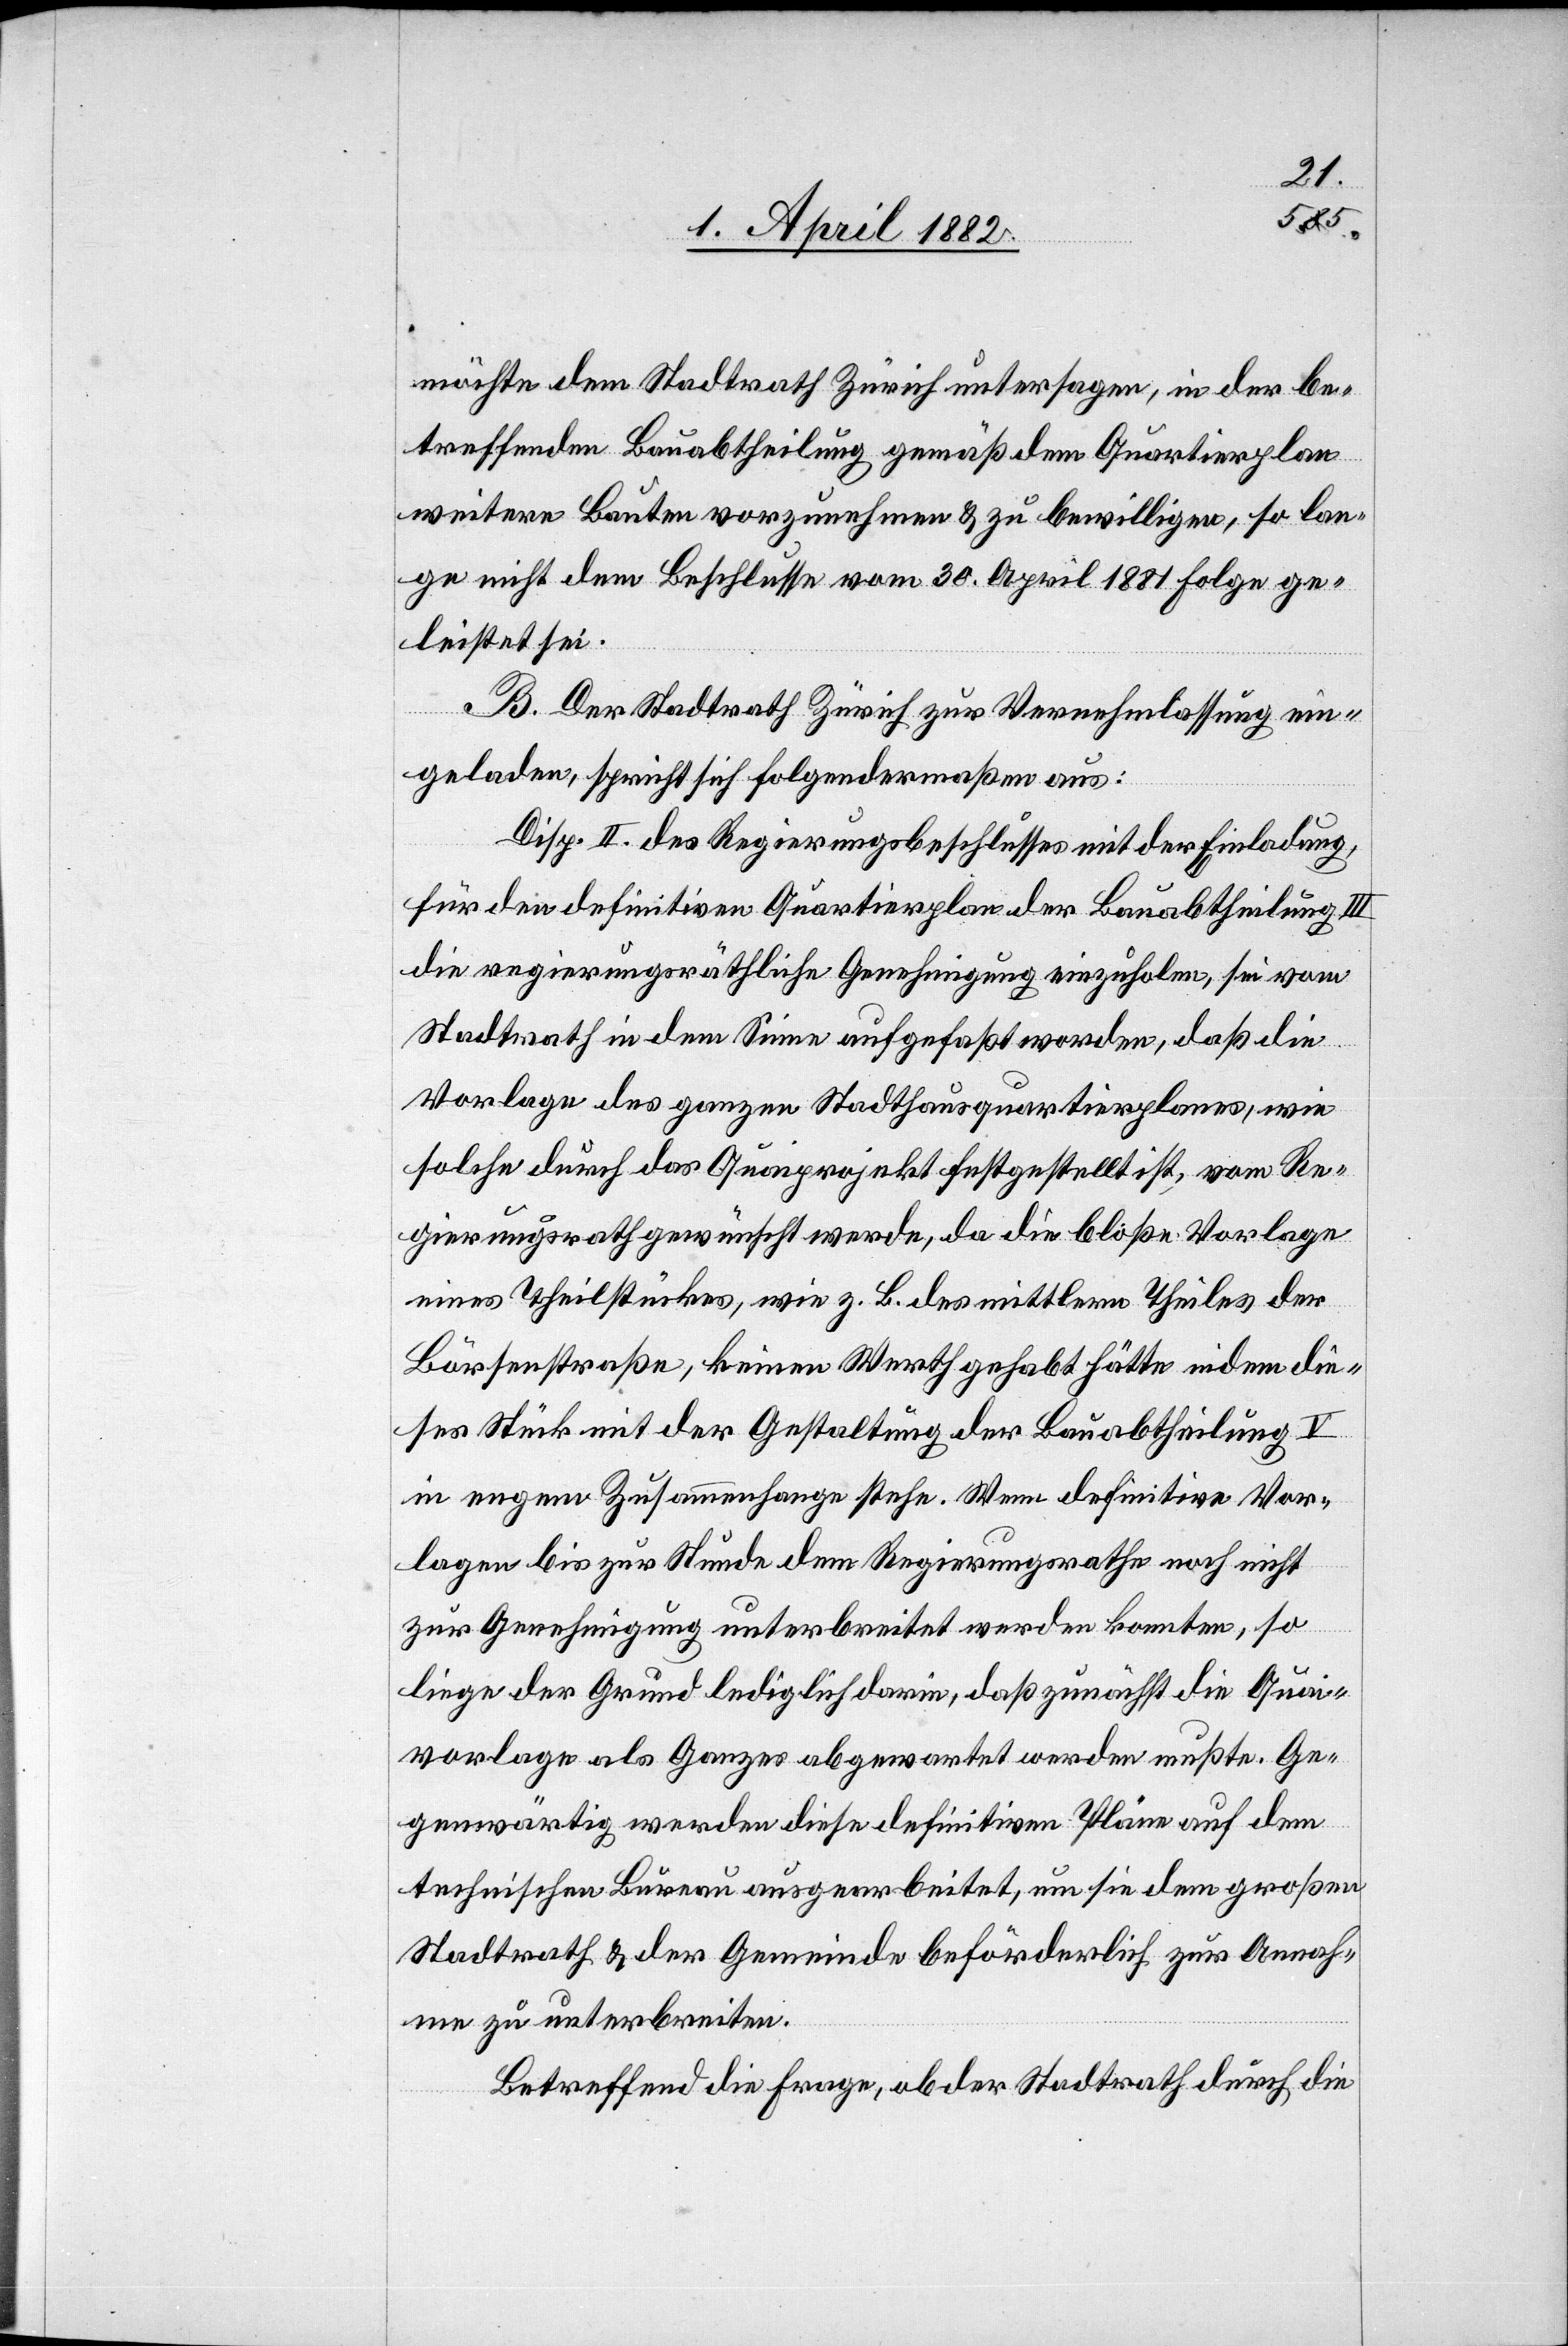
möchte dem Stadtrath Zürich untersagen, in der be¬
treffenden Bauabtheilung gemäß dem Quartierplan
weitere Bauten vorzunehmen & zu bewilligen, so lan¬
ge nicht dem Beschlusse vom 30. April 1881 Folge ge¬
leistet sei.
B. Der Stadtrath Zürich zur Vernehmlassung ein¬
geladen, spricht sich folgendermaßen aus:
Disp. II. des Regierungsbeschlusses mit der Einladung,
für den definitiven Quartierplan der Bauabtheilung III
die regierungsräthliche Genehmigung einzuholen, sei vom
Stadtrath in dem Sinne aufgefaßt worden, daß die
Vorlage des ganzen Stadthausquartierplanes, wie
solche durch das Quaiprojekt festgestellt ist, vom Re¬
gierungsrath gewünscht werde, da die bloße Vorlage
eines Theilstückes, wie z. B. des mittlern Theiles der
Börsenstraße, keinen Werth gehabt hätte indem die¬
ses Stück mit der Gestaltung der Bauabtheilung V
in engem Zusammenhange stehe. Wenn definitive Vor¬
lagen bis zur Stunde dem Regierungsrathe noch nicht
zur Genehmigung unterbreitet werden konnten, so
liege der Grund lediglich darin, daß zunächst die Quai¬
vorlage als Ganzes abgewartet werden mußte. Ge¬
genwärtig werden diese definitiven Pläne auf dem
technischen Bureau ausgearbeitet, um sie dem großen
Stadtrath & der Gemeinde beförderlich zur Annah¬
me zu unterbreiten.
Betreffend die Frage, ob der Stadtrath durch die